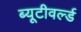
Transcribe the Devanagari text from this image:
ब्यूटीवर्ल्ड